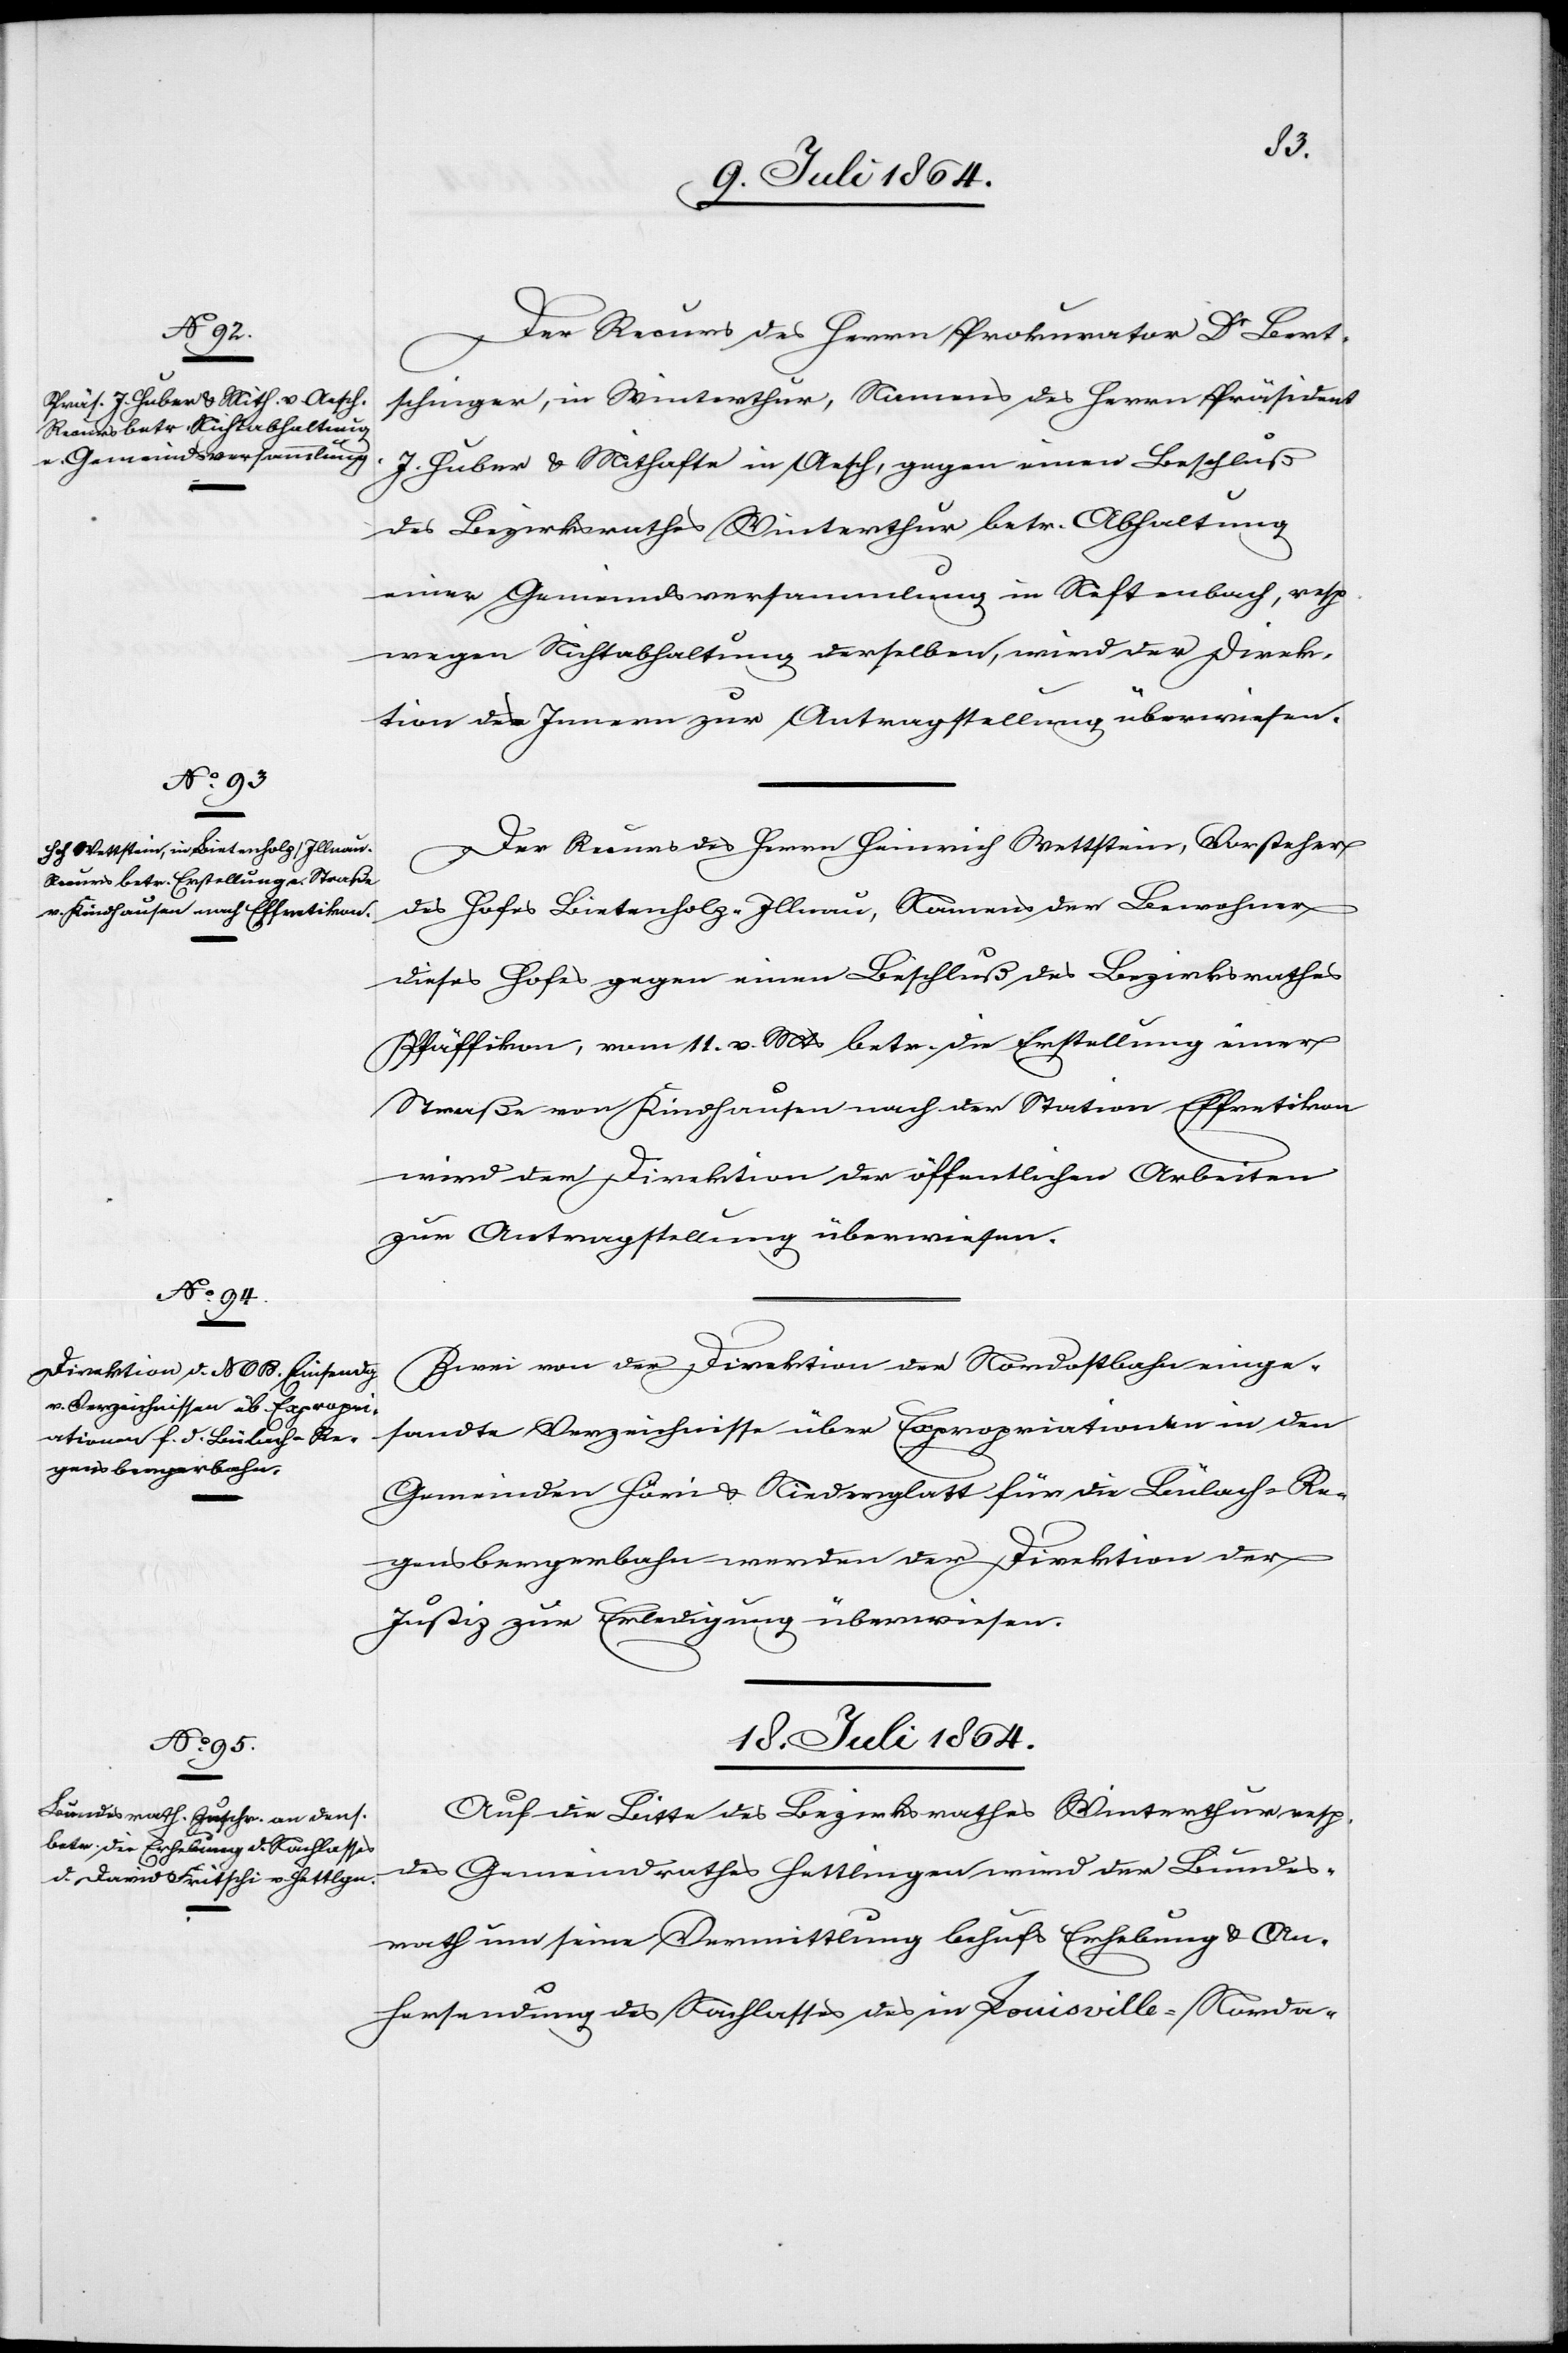
16. Juli 1864.]
Der Recurs des Herrn Prokurator Dr Bert¬
schinger, in Winterthur, Namens des Herrn Präsident
J. Huber u. Mithafte in Aesch, gegen einen Beschluß
des Bezirksrathes Winterthur betr. Abhaltung
einer Gemeindsversammlung in Neftenbach, resp.
wegen Nichtabhaltung derselben, wird der Direk¬
tion des Innern zur Antragstellung überwiesen.
Der Recurs des Herrn Heinrich Wettstein, Vorsteher
des Hofes Bietenholz-Illnau, Namens der Bewohner
dieses Hofes gegen einen Beschluß des Bezirksrathes
Pfäffikon, vom 11. v. Mts. betr. die Erstellung einer
Straße von Kindhausen nach der Station Effretikon
wird der Direktion der öffentlichen Arbeiten
zur Antragstellung überwiesen.
Zwei von der Direktion der Nordostbahn einge¬
sandte Verzeichnisse über Expropriationen in den
Gemeinden Höri u. Niederglatt für die Bülach-Re¬
gensbergerbahn werden der Direktion der
Justiz zur Erledigung überwiesen.
18. Juli 1864.
Auf die Bitte des Bezirksrathes Winterthur resp.
des Gemeindrathes Hettlingen wird der Bundes¬
rath um seine Vermittlung behufs Erhebung u. An¬
hersendung des Nachlasses des in Louisville-Norda-